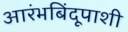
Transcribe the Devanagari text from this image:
आरंभबिंदूपाशी